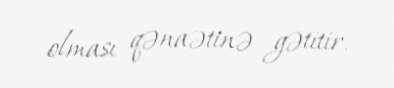
olması qənaətinə gətitir.